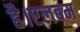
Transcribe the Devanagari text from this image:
है।एलबम